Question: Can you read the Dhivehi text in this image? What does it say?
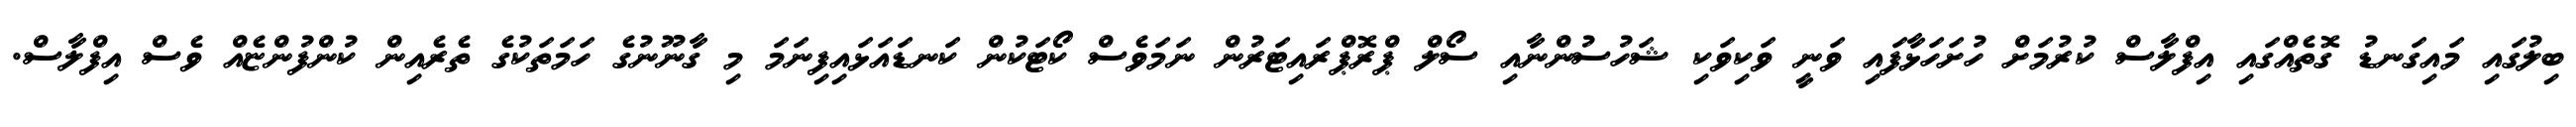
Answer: ބިލުގައި މައިގަނޑު ގޮތެއްގައި އިފްލާސް ކުރުމަށް ހުށަހަޅާފައި ވަނީ ވަކިވަކި ޝަހުސުންނާއި ސޯލް ޕްރޮޕްރައިޓަރުން ނަމަވެސް ކޯޓަކުން ކަނޑައަޅައިފިނަމަ މި ގާނޫނުގެ ހަމަތަކުގެ ތެރެއިން ކުންފުންޏެއް ވެސް އިފްލާސް.